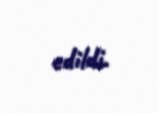
edildi.